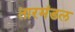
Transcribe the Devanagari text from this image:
तारमंडल